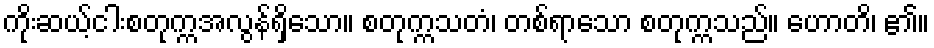
ကိုးဆယ့်ငါးစတုက္ကအလွန်ရှိသော။ စတုက္ကသတံ၊ တစ်ရာသော စတုက္ကသည်။ ဟောတိ၊ ၏။